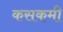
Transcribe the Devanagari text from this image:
कसकमी